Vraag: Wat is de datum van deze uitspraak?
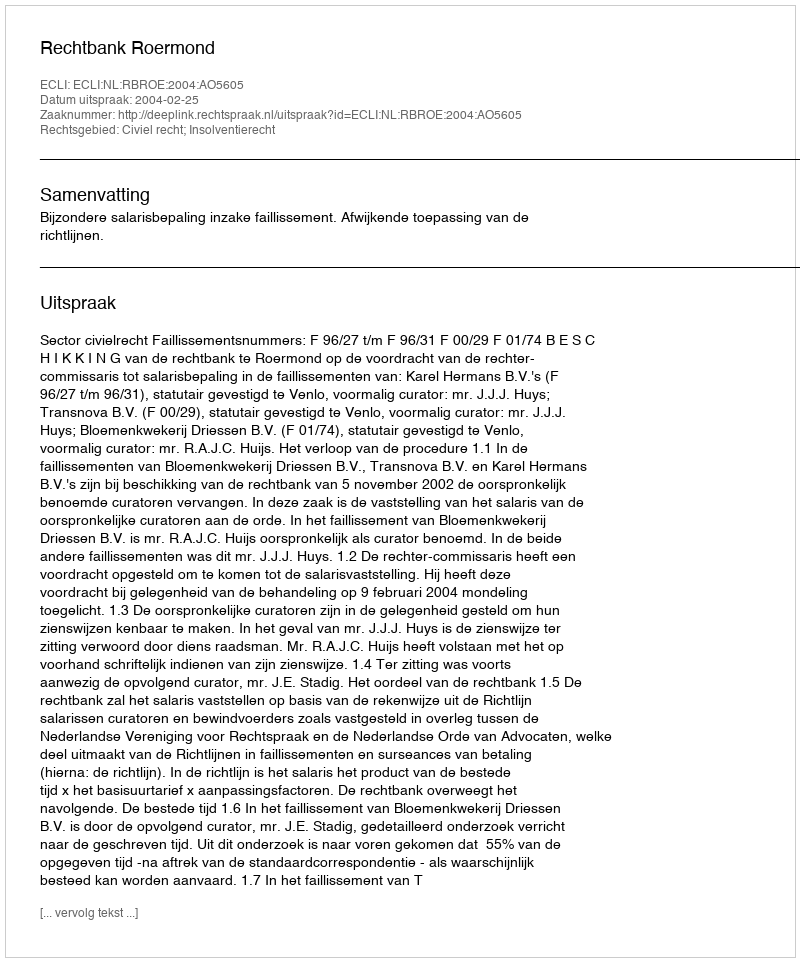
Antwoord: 2004-02-25